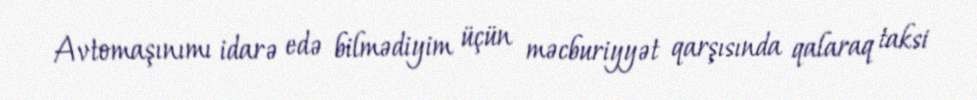
Avtomaşınımı idarə edə bilmədiyim üçün məcburiyyət qarşısında qalaraq taksi